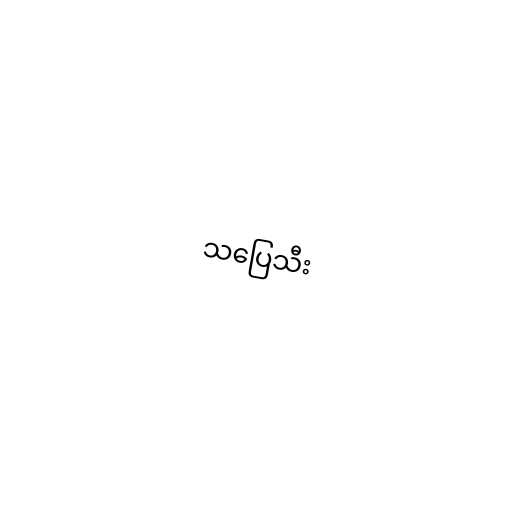
သပြေသီး